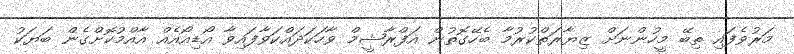
މަރުވެފައި ތިބޭ މީހުންނަށް ޒިޔާރަތްކުރުމާ ބެހޭގޮތުން އަފްރާޝީމް ވާހަކަދައްކަވާފައިވާ އޯޑިއޯއެއް އާއްމުކޮށްގެން ބަޔަކު